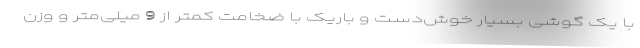
با یک گوشی بسیار خوش‌دست و باریک با ضخامت کمتر از 9 میلی‌متر و وزن